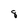
Character: 8